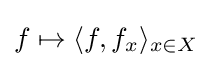
f\mapsto \langle f,f_{x}\rangle _{x\in X}